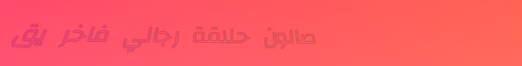
صالون حلاقة رجالي فاخر يق